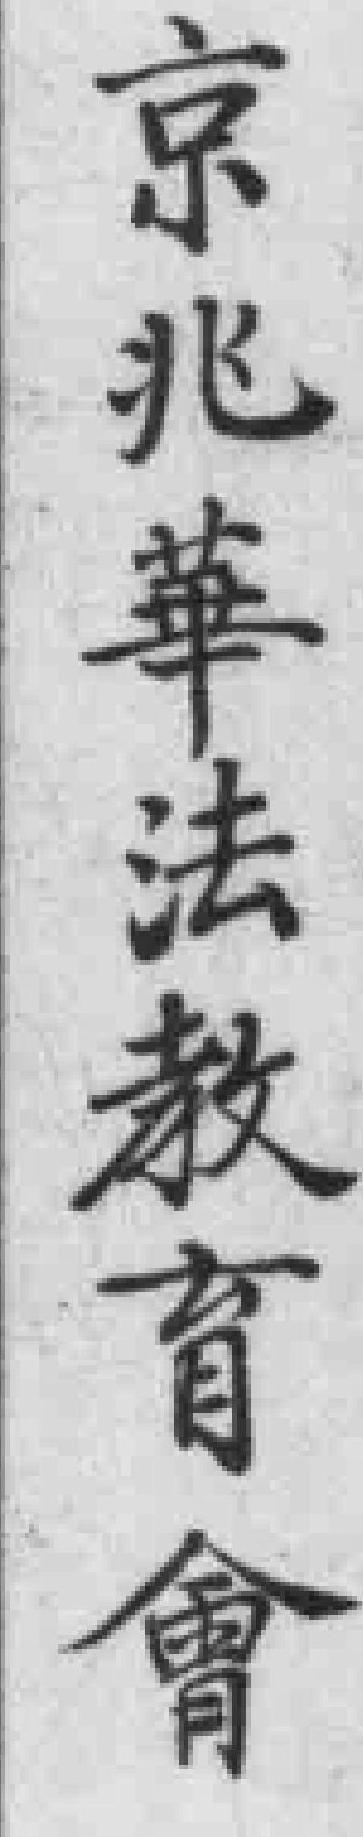
京兆華法教育會